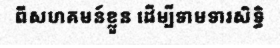
ពីសហគមន៍ខ្លួន ដើម្បីទាមទារសិទ្ធិ